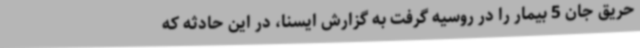
حریق جان 5 بیمار را در روسیه گرفت به گزارش ایسنا، در این حادثه که